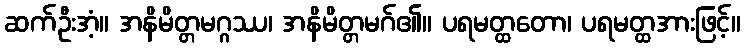
ဆက်ဦးအံ့။ အနိမိတ္တမဂ္ဂဿ၊ အနိမိတ္တမဂ်၏။ ပရမတ္ထတော၊ ပရမတ္ထအားဖြင့်။